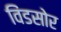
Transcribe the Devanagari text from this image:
विंडसोर